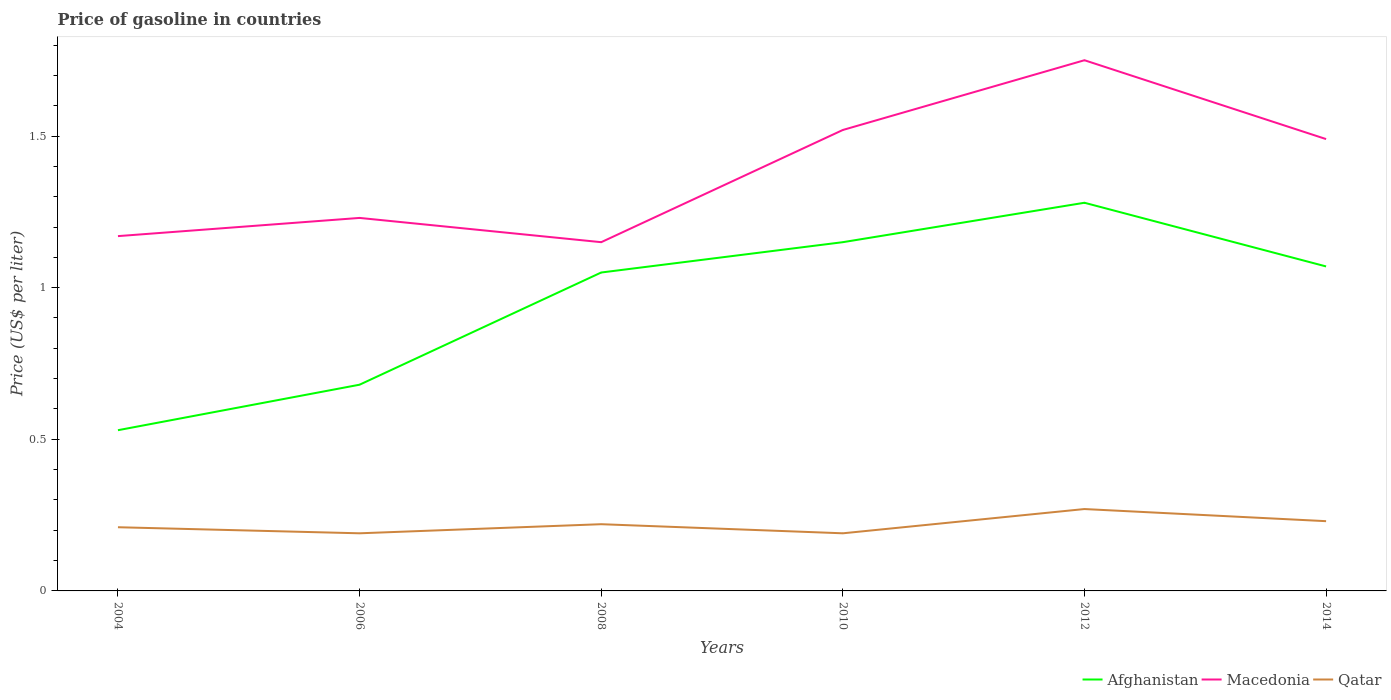
| Years | Afghanistan | Macedonia | Qatar |
 | --- | --- | --- | --- |
 | 2004 | 0.53 | 1.17 | 0.21 |
 | 2006 | 0.68 | 1.23 | 0.19 |
 | 2008 | 1.05 | 1.15 | 0.22 |
 | 2010 | 1.15 | 1.52 | 0.19 |
 | 2012 | 1.28 | 1.75 | 0.27 |
 | 2014 | 1.07 | 1.49 | 0.23 |